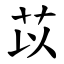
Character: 苡